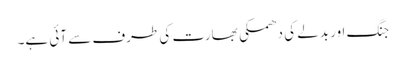
جنگ اور بدلے کی دھمکی بھارت کی طرف سے آئی ہے۔